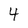
Character: 4